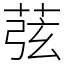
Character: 𦱁